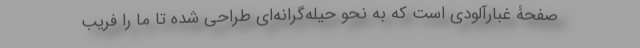
صفحۀ غبارآلودی است که به نحو حیله‌گرانه‌ای طراحی شده تا ما را فریب